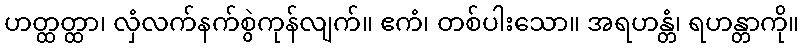
ဟတ္ထတ္ထာ၊ လှံလက်နက်စွဲကုန်လျက်။ ဧကံ၊ တစ်ပါးသော။ အရဟန္တံ၊ ရဟန္တာကို။